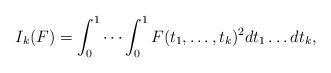
LaTeX: \begin{align*}I_k(F)=\int_0^1\cdots\int_0^1F(t_1,\ldots,t_k)^2dt_1\ldots dt_k,\end{align*}